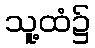
သူ့ထံ၌